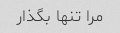
مرا تنها بگذار